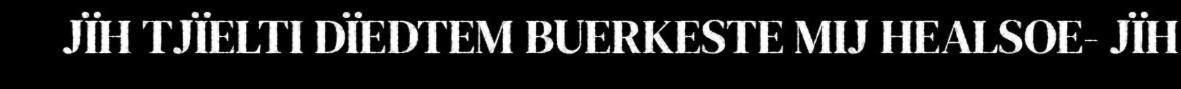
JÏH TJÏELTI DÏEDTEM BUERKESTE MIJ HEALSOE- JÏH